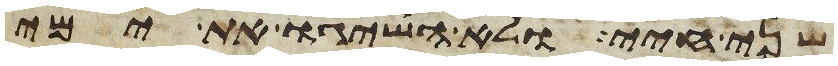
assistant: שני חיי ולא השיגו את ימי